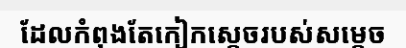
ដែលកំពុងតែកៀកស្តេចរបស់សម្តេច